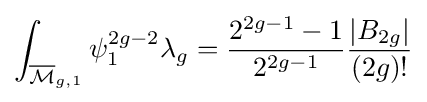
\int _{{\overline {\mathcal {M}}}_{g,1}}\psi _{1}^{2g-2}\lambda _{g}={\frac {2^{2g-1}-1}{2^{2g-1}}}{\frac {|B_{2g}|}{(2g)!}}